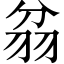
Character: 𦐈